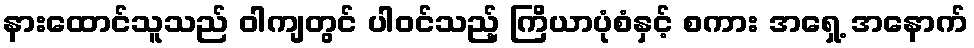
နားထောင်သူသည် ဝါကျတွင် ပါဝင်သည့် ကြိယာပုံစံနှင့် စကား အရှေ့ အနောက်